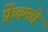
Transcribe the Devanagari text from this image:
फ्रेंचमधे